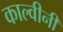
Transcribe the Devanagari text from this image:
काल्वीनी